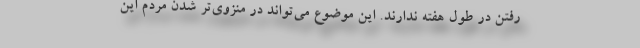
رفتن در طول هفته ندارند. این موضوع می‌تواند در منزوی‌تر شدن مردم این